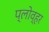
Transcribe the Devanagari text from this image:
प्लोव्हर